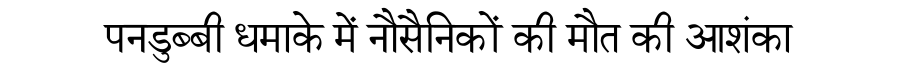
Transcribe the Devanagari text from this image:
पनडुब्बी धमाके में नौसैनिकों की मौत की आशंका